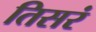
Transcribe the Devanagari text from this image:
तिसरं